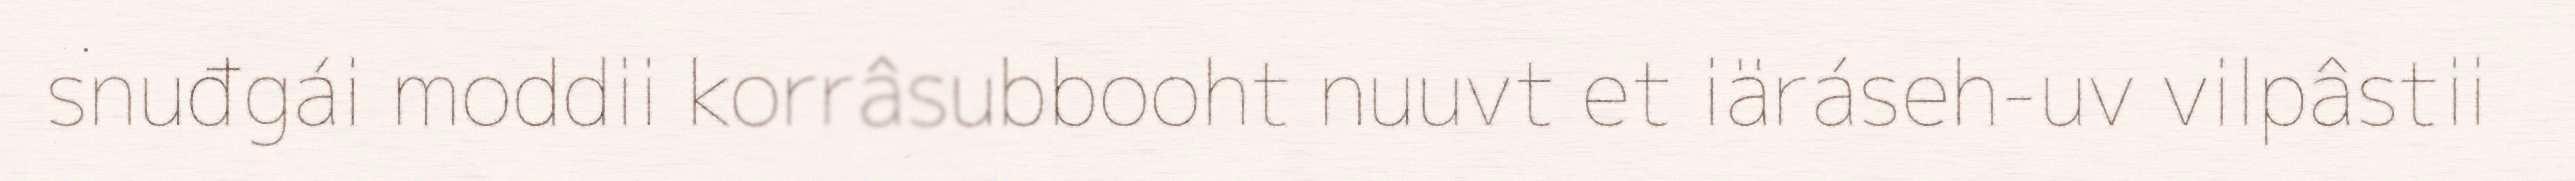
snuđgái moddii korrâsubbooht nuuvt et iäráseh-uv vilpâstii